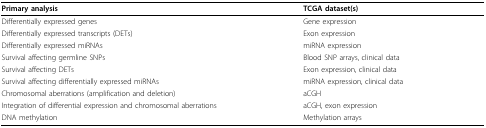
<table><thead><tr><td><b>Primary analysis</b></td><td><b>TCGA dataset(s)</b></td></tr></thead><tbody><tr><td>Differentially expressed genes</td><td>Gene expression</td></tr><tr><td>Differentially expressed transcripts (DETs)</td><td>Exon expression</td></tr><tr><td>Differentially expressed miRNAs</td><td>miRNA expression</td></tr><tr><td>Survival affecting germline SNPs</td><td>Blood SNP arrays, clinical data</td></tr><tr><td>Survival affecting DETs</td><td>Exon expression, clinical data</td></tr><tr><td>Survival affecting differentially expressed miRNAs</td><td>miRNA expression, clinical data</td></tr><tr><td>Chromosomal aberrations (amplification and deletion)</td><td>aCGH</td></tr><tr><td>Integration of differential expression and chromosomal aberrations</td><td>aCGH, exon expression</td></tr><tr><td>DNA methylation</td><td>Methylation arrays</td></tr></tbody></table>